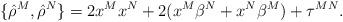
LaTeX: \begin{align*}\{{\hat\rho}^M,{\hat\rho}^N\}=2x^Mx^N+2(x^M\beta^N+x^N\beta^M)+\tau^{MN}.\end{align*}